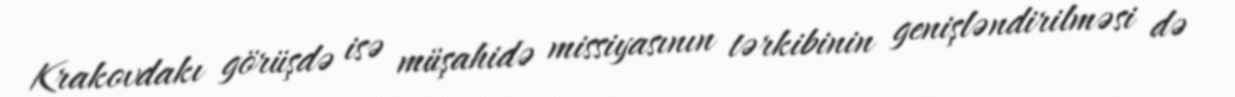
Krakovdakı görüşdə isə müşahidə missiyasının tərkibinin genişləndirilməsi də